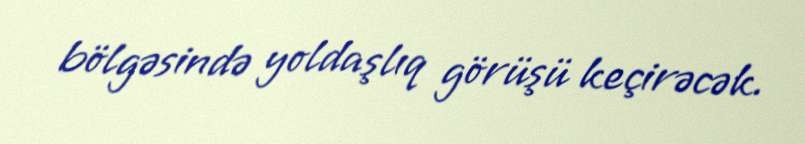
bölgəsində yoldaşlıq görüşü keçirəcək.